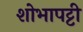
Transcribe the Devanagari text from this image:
शोभापट्टी